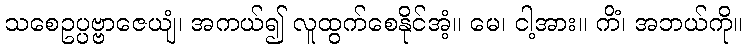
သစေဥပ္ပဗ္ဗာဇေယျံ၊ အကယ်၍ လူထွက်စေနိုင်အံ့။ မေ၊ ငါ့အား။ ကိံ၊ အဘယ်ကို။